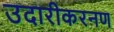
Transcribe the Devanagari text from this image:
उदारीकरनण